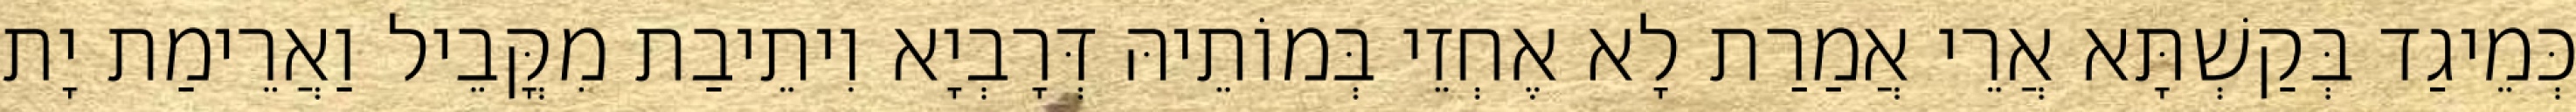
כְּמֵיגַד בְּקַשְׁתָּא אֲרֵי אֲמַרַת לָא אֶחְזֵי בְּמוֹתֵיהּ דְּרָבְיָא וִיתֵיבַת מִקֳּבֵיל וַאֲרֵימַת יָת